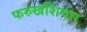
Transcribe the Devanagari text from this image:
फरुखशियार